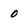
Character: 0